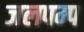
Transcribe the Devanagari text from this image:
जलपम्प